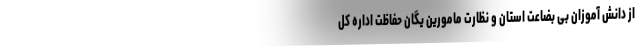
از دانش آموزان بی بضاعت استان و نظارت مامورین یگان حفاظت اداره کل